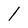
Character: 1